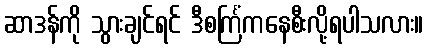
ဆာဒန်ကို သွားချင်ရင် ဒီစင်္ကြံကနေစီးလို့ရပါသလား။